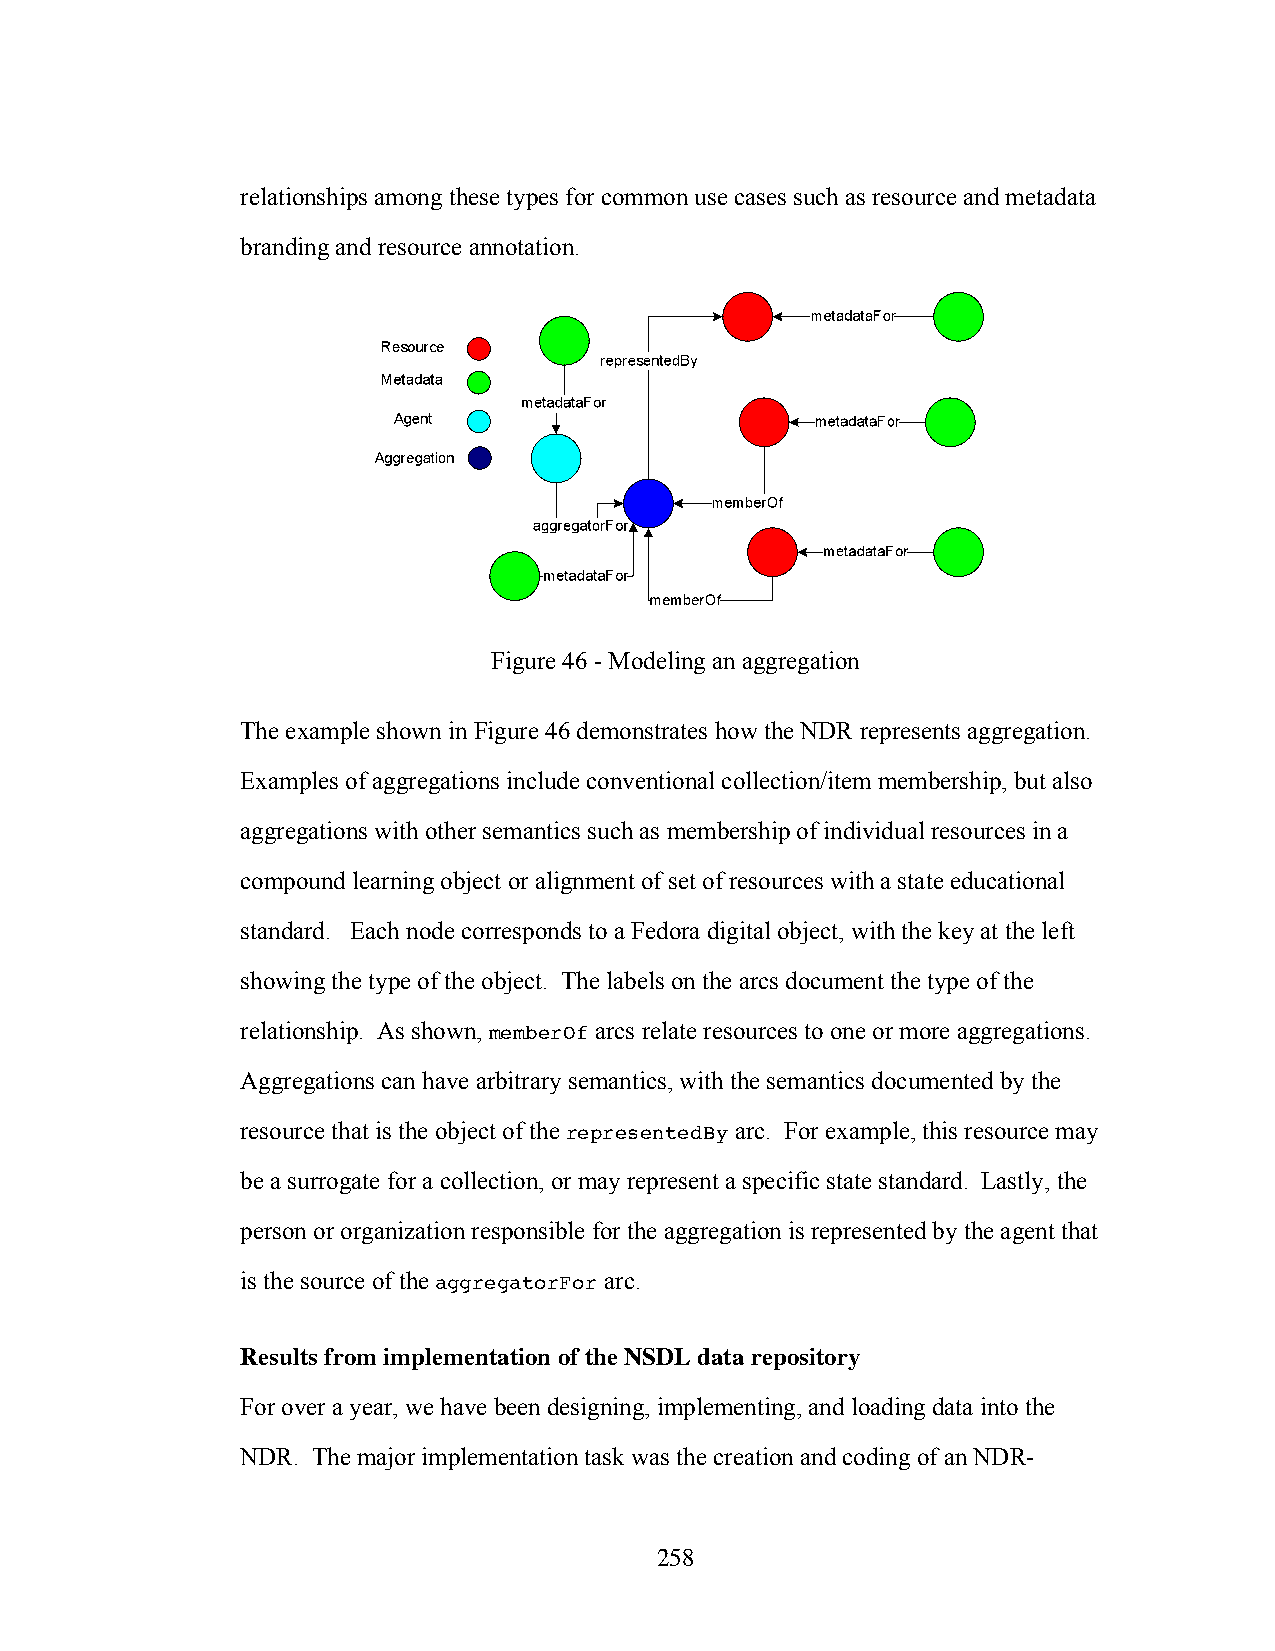
relationships among these types for common use cases such as resource and metadata
 branding and resource annotation.
 Figure 46 - Modeling an aggregation
 The example shown in Figure 46 demonstrates how the NDR represents aggregation.
 Examples of aggregations include conventional collection/item membership, but also
 aggregations with other semantics such as membership of individual resources in a
 compound learning object or alignment of set of resources with a state educational
 standard. Each node corresponds to a Fedora digital object, with the key at the left
 showing the type of the object. The labels on the arcs document the type of the
 relationship. As shown, memberOf arcs relate resources to one or more aggregations.
 Aggregations can have arbitrary semantics, with the semantics documented by the
 resource that is the object of the representedBy arc. For example, this resource may
 be a surrogate for a collection, or may represent a specific state standard. Lastly, the
 person or organization responsible for the aggregation is represented by the agent that
 is the source of the aggregatorFor arc.
 Results from implementation of the NSDL data repository
 For over a year, we have been designing, implementing, and loading data into the
 NDR. The major implementation task was the creation and coding of an NDR-
 258